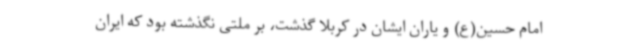
امام حسین(ع) و یاران ایشان در کربلا گذشت، ‌بر ملتی نگذشته بود که ایران